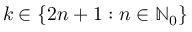
k \in \{ 2 n + 1 : n \in \mathbb { N } _ { 0 } \}